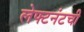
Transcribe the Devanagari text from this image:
लेफ्टनंटची